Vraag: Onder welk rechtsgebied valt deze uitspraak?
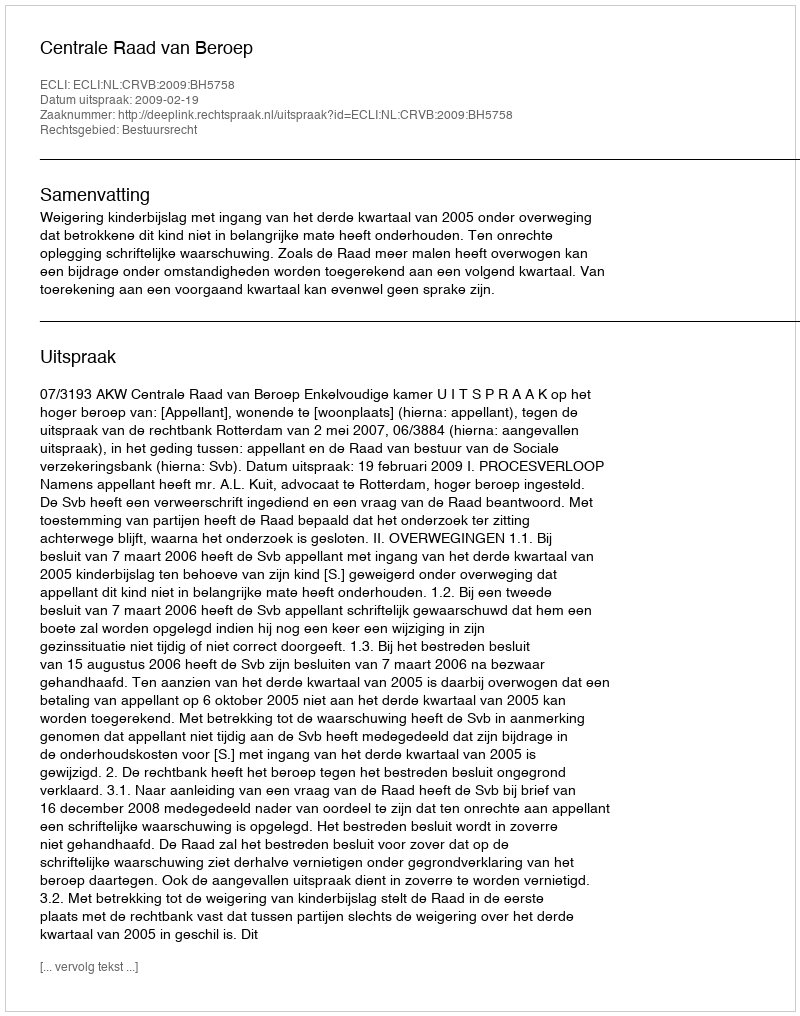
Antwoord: Bestuursrecht